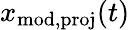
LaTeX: x_{\mathrm{mod,proj}}(t)